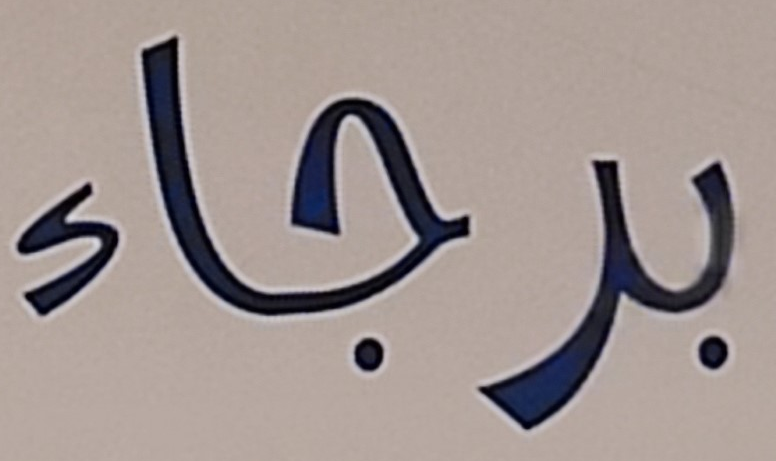
برجاء